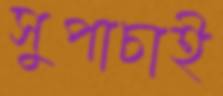
সুপাচাই